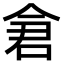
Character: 𫝉